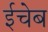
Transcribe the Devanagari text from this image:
ईचेब